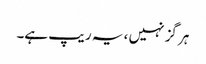
ہر گز نہیں ، یہ ریپ ہے۔